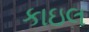
કાઇલ